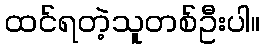
ထင်ရတဲ့သူတစ်ဦးပါ။